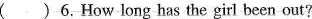
( )6.How long has the girl been out?